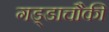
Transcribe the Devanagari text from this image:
गड्डाचौकी